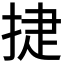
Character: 𭡈